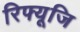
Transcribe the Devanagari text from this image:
रिफ्यूजि